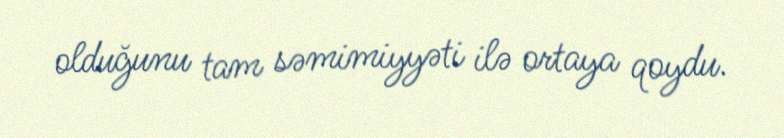
olduğunu tam səmimiyyəti ilə ortaya qoydu.